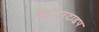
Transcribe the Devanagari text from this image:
स्ट्रिंजरटाइप